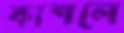
কাশলে